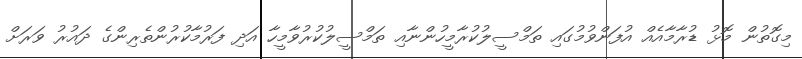
މިގޮތުން މޮޅު ޑުރާމާއެއް އުފަންވުމުގައި ތަމްސީލުކުރާމީހުންނާއި ތަމްސީލުކުރުވާމީހާ އަދި ފަރުމާކުރުންތެރިންގެ ދައުރު ވަރަށް